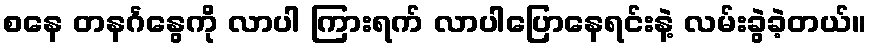
စနေ တနင်္ဂနွေကို လာပါ ကြားရက် လာပါပြောနေရင်းနဲ့ လမ်းခွဲခဲ့တယ်။